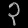
Digit: ၃